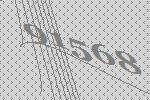
91568